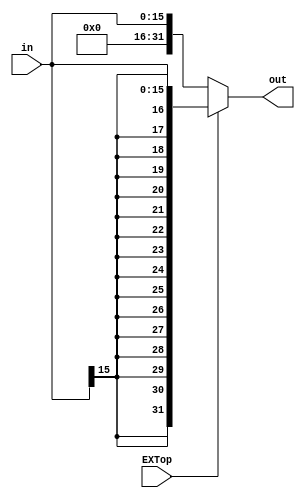
`timescale 1ns / 1ps

module D_EXT(
	input [15:0] in,
	input EXTop,
	output [31:0] out
    );
	
	assign out = (EXTop == 1) ? {{16{in[15]}},in}:
										{{16{1'b0}},in};

endmodule